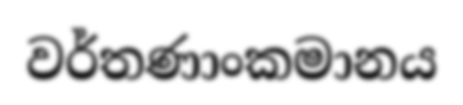
වර්තණාංකමානය